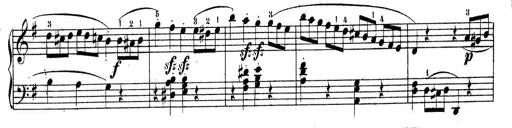
Title: Piano Sonatine No.2
Composer: Peter Piel
Key: G major